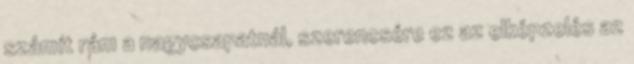
számít rám a nagycsapatnál, szerencsére ez az elképzelés az